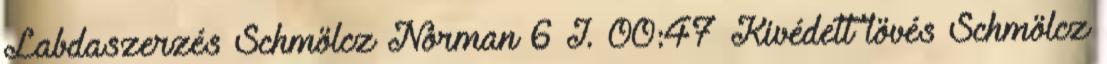
Labdaszerzés Schmölcz Norman 6 I. 00:47 Kivédett lövés Schmölcz